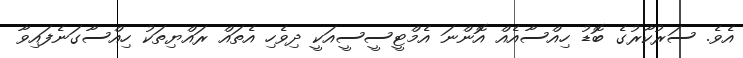
އެވެ. ސަރުކާރުގެ ބޮޑު ހިއްސާއެއް އޮންނަ އެމްޓީސީސީއަކީ ދިވެހި އެތައް ރައްޔިތަކު ހިއްސާގަނެފައިވާ